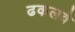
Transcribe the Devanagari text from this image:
ढकलवे